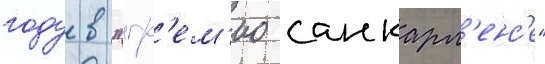
году в "гр'ем'ио санкарл'енс'е"